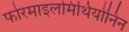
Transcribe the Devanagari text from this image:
फोरमाइलमिथियोनिन